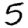
Digit: 5